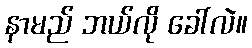
နာမည် ဘယ်လို ခေါ်လဲ။